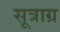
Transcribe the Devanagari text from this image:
सूत्राग्र